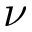
\nu